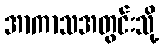
အာကာသအတွင်းသို့